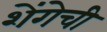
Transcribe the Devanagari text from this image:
शेंगेची